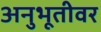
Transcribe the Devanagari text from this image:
अनुभूतीवर